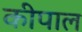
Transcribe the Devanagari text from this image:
कीपाल